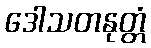
ဒေါသတနုတ္တံ